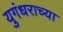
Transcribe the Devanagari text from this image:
युगंधराच्या